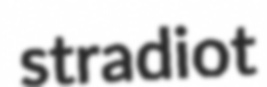
stradiot